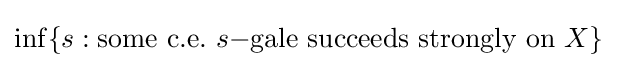
\inf\{s:\mathrm {some\ c.e.} \ s\mathrm {-gale\ succeeds\ strongly\ on\ } X\}